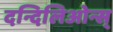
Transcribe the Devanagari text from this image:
दन्दिलिओन्स्